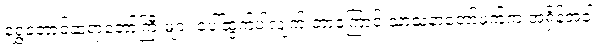
ရွှေတောင်ဆရာတော်ကြီးများ ပေါ်ထွက်ပါလျက် ဘာ့ကြောင့် သာသနာတော်ဖက်က အရှိန်အဝါ